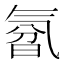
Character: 𰛃